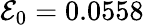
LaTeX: {\cal\mathcal{E}}_{0}=0.0558